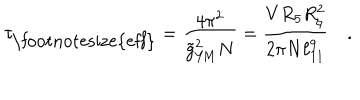
\tau _ { \mathrm { \footnotesize { e f f } } } = { \frac { 4 \pi ^ { 2 } } { { \tilde { g } } _ { Y \! M } ^ { 2 } N } } = { \frac { V R _ { 5 } R _ { \natural } ^ { 2 } } { 2 \pi { N } \ell _ { 1 1 } ^ { 9 } } } \quad .